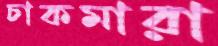
চাকমারা